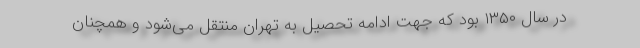
در سال ۱۳۵۰ بود که جهت ادامه تحصیل به تهران منتقل می‌شود و همچنان